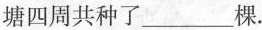
塘四周共种了___棵。